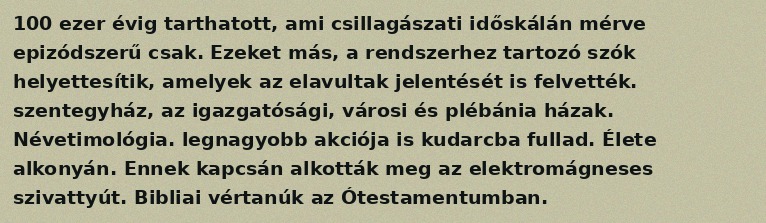
100 ezer évig tarthatott, ami csillagászati időskálán mérve epizódszerű csak. Ezeket más, a rendszerhez tartozó szók helyettesítik, amelyek az elavultak jelentését is felvették. szentegyház, az igazgatósági, városi és plébánia házak. Névetimológia. legnagyobb akciója is kudarcba fullad. Élete alkonyán. Ennek kapcsán alkották meg az elektromágneses szivattyút. Bibliai vértanúk az Ótestamentumban.